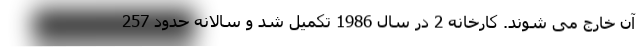
آن خارج می شوند. کارخانه 2 در سال 1986 تکمیل شد و سالانه حدود 257